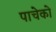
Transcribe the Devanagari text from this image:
पाचेको